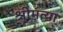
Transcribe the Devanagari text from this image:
श्रीमत्या